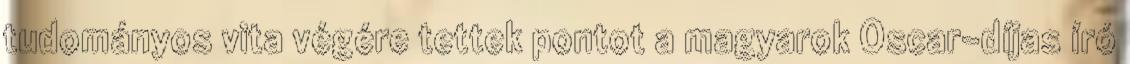
tudományos vita végére tettek pontot a magyarok Oscar-díjas író